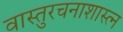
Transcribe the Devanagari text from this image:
वास्तुरचनाशास्त्न